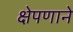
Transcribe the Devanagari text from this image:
क्षेपणाने